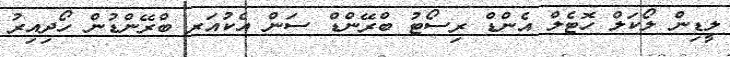
ލީޑިން ލޯކަލް ހޮޓެލް އެންޑް ރިސޯޓު ބްރޭންޑް ސަން އެކުއަރ ބްރޭންޑުން ހޯދިއިރު